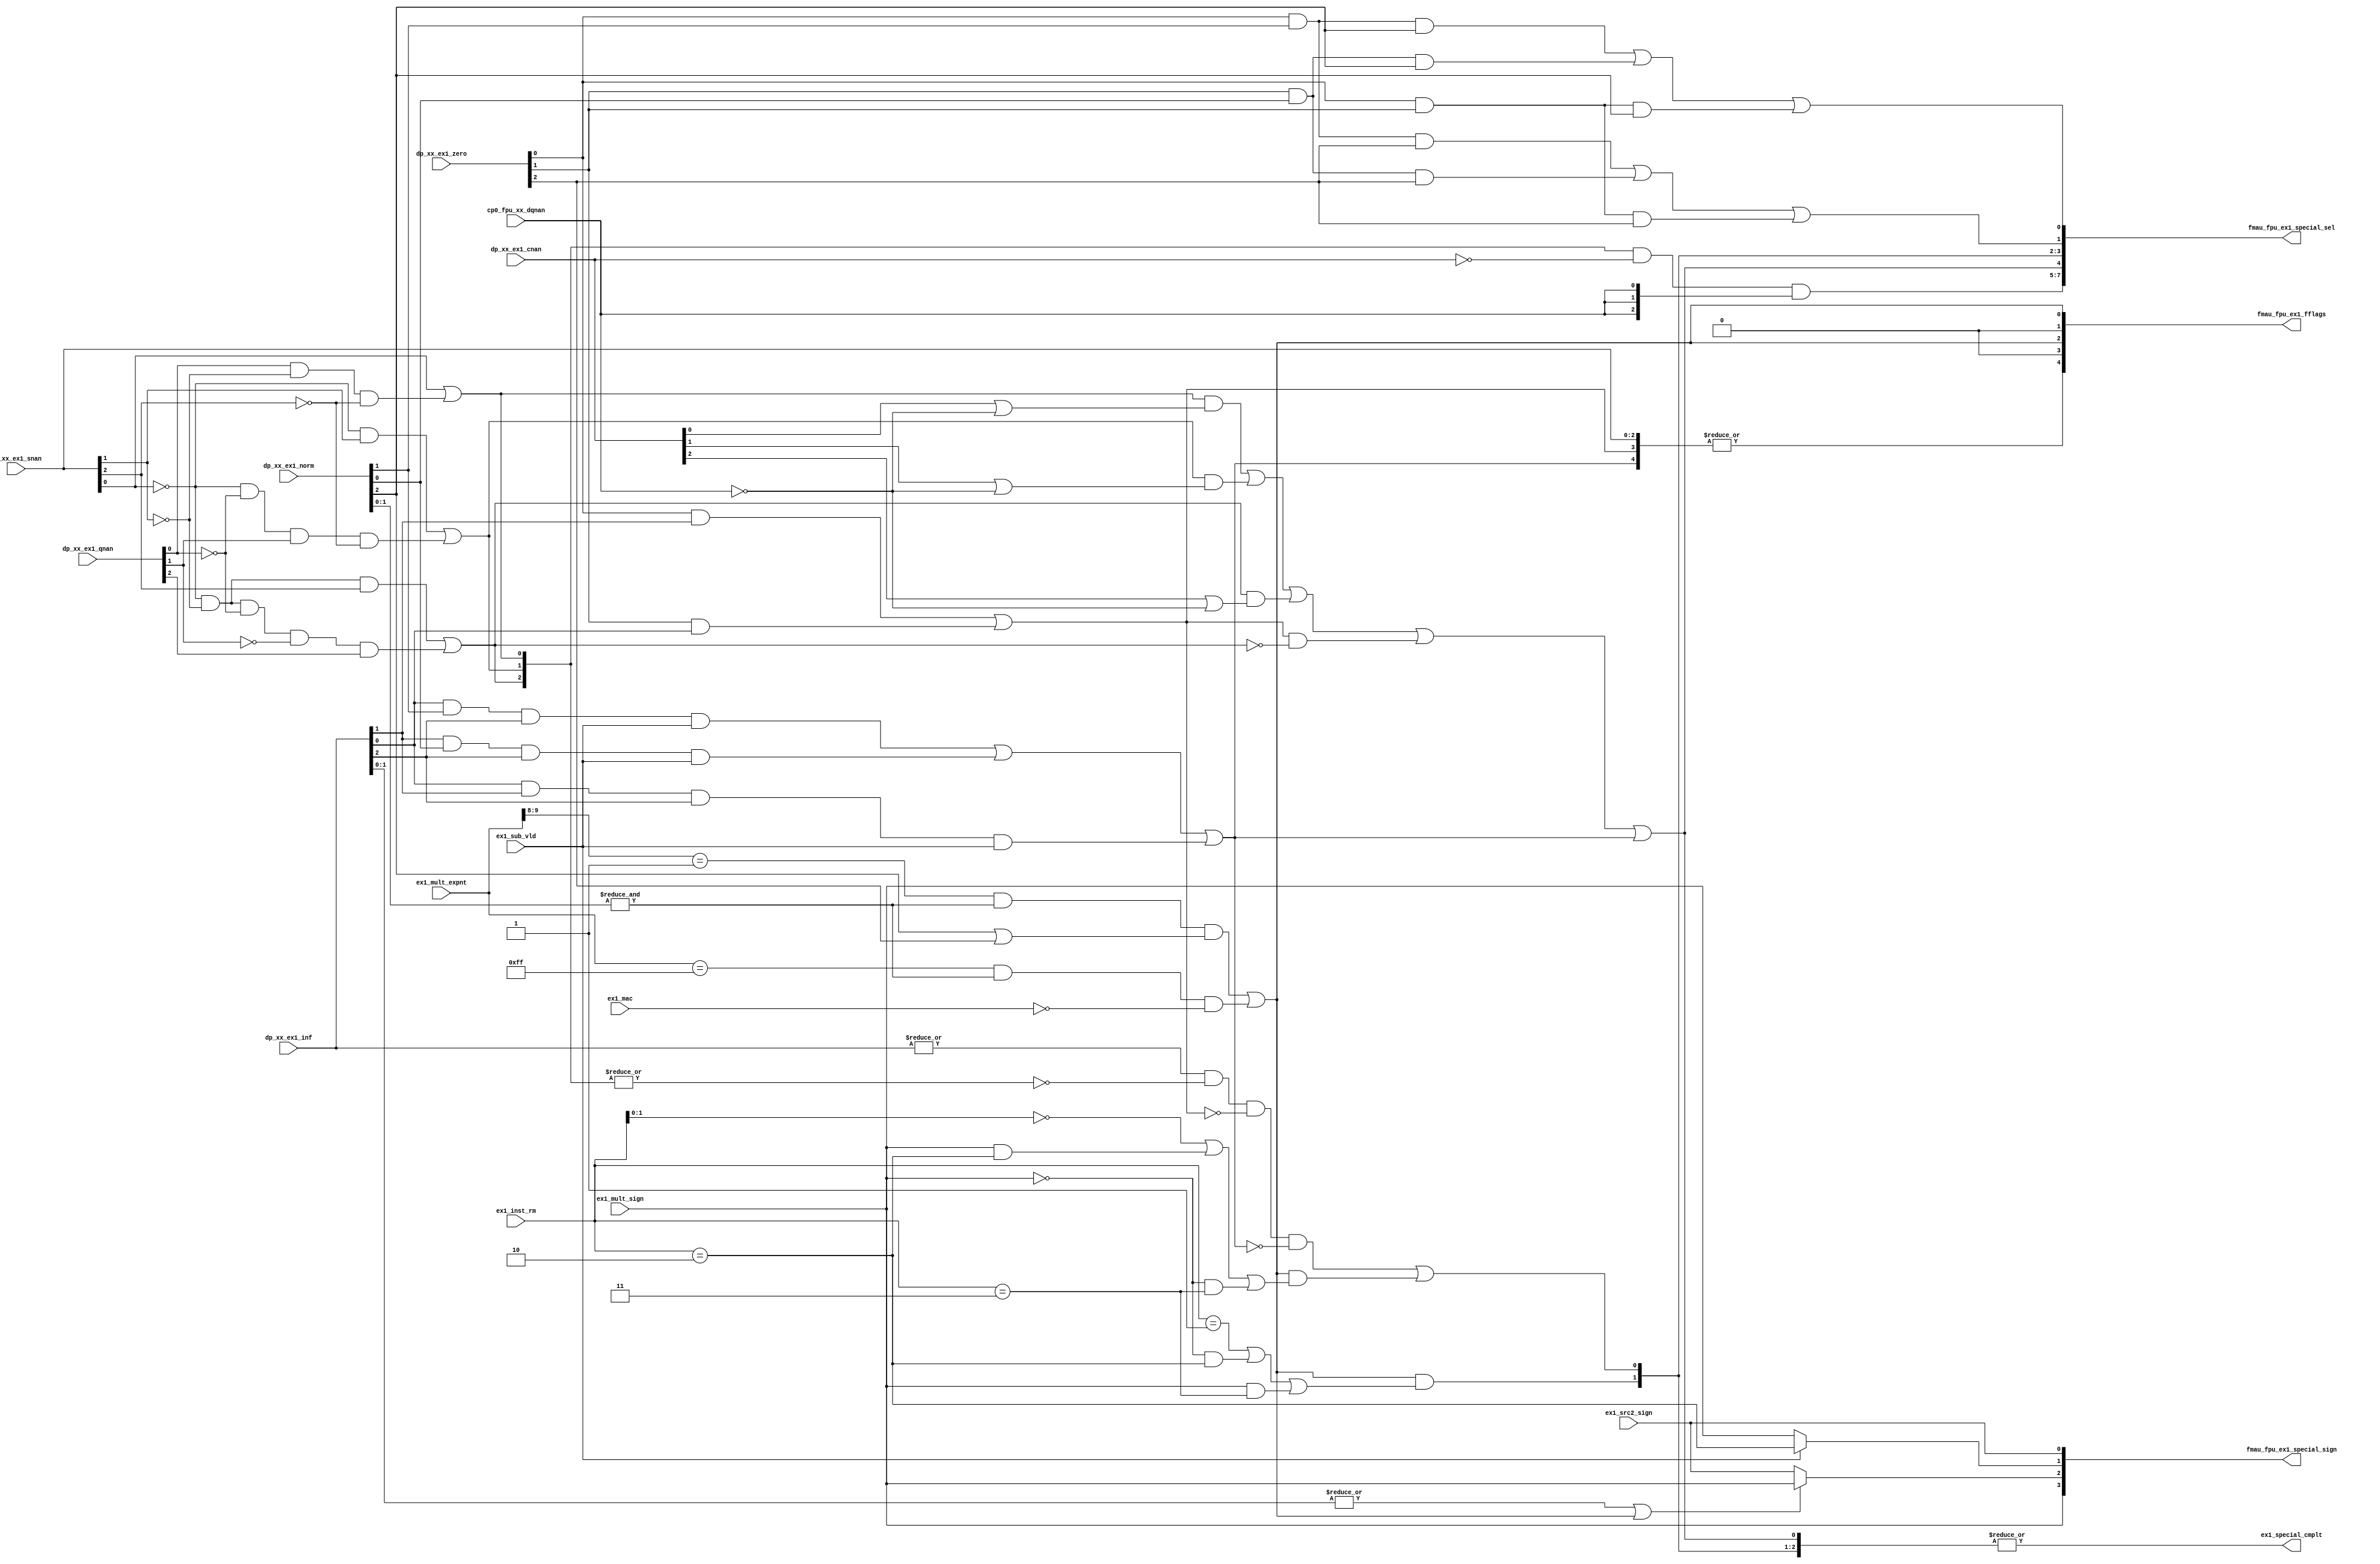
// This program was cloned from: https://github.com/T-head-Semi/opene906
// License: Apache License 2.0

/*Copyright 2020-2021 T-Head Semiconductor Co., Ltd.

Licensed under the Apache License, Version 2.0 (the "License");
you may not use this file except in compliance with the License.
You may obtain a copy of the License at

    http://www.apache.org/licenses/LICENSE-2.0

Unless required by applicable law or agreed to in writing, software
distributed under the License is distributed on an "AS IS" BASIS,
WITHOUT WARRANTIES OR CONDITIONS OF ANY KIND, either express or implied.
See the License for the specific language governing permissions and
limitations under the License.
*/

// &ModuleBeg; @24
module pa_fmau_ex1_special_judge(
  cp0_fpu_xx_dqnan,
  dp_xx_ex1_cnan,
  dp_xx_ex1_inf,
  dp_xx_ex1_norm,
  dp_xx_ex1_qnan,
  dp_xx_ex1_snan,
  dp_xx_ex1_zero,
  ex1_inst_rm,
  ex1_mac,
  ex1_mult_expnt,
  ex1_mult_sign,
  ex1_special_cmplt,
  ex1_src2_sign,
  ex1_sub_vld,
  fmau_fpu_ex1_fflags,
  fmau_fpu_ex1_special_sel,
  fmau_fpu_ex1_special_sign
);

// &Ports; @25
input          cp0_fpu_xx_dqnan;         
input   [2:0]  dp_xx_ex1_cnan;           
input   [2:0]  dp_xx_ex1_inf;            
input   [2:0]  dp_xx_ex1_norm;           
input   [2:0]  dp_xx_ex1_qnan;           
input   [2:0]  dp_xx_ex1_snan;           
input   [2:0]  dp_xx_ex1_zero;           
input   [2:0]  ex1_inst_rm;              
input          ex1_mac;                  
input   [9:0]  ex1_mult_expnt;           
input          ex1_mult_sign;            
input          ex1_src2_sign;            
input          ex1_sub_vld;              
output         ex1_special_cmplt;        
output  [4:0]  fmau_fpu_ex1_fflags;      
output  [7:0]  fmau_fpu_ex1_special_sel; 
output  [3:0]  fmau_fpu_ex1_special_sign; 

// &Regs; @26

// &Wires; @27
wire           cp0_fpu_xx_dqnan;         
wire    [2:0]  dp_xx_ex1_cnan;           
wire    [2:0]  dp_xx_ex1_inf;            
wire    [2:0]  dp_xx_ex1_norm;           
wire    [2:0]  dp_xx_ex1_qnan;           
wire    [2:0]  dp_xx_ex1_snan;           
wire    [2:0]  dp_xx_ex1_zero;           
wire           ex1_fmau_inf_sign;        
wire           ex1_fmau_lfn_sign;        
wire           ex1_fmau_nv;              
wire           ex1_fmau_of;              
wire           ex1_fmau_result_cnan;     
wire           ex1_fmau_result_inf;      
wire           ex1_fmau_result_lfn;      
wire    [2:0]  ex1_fmau_result_qnan;     
wire           ex1_fmau_result_src2;     
wire           ex1_fmau_result_zero;     
wire           ex1_fmau_src2_sign;       
wire           ex1_fmau_zero_sign;       
wire    [2:0]  ex1_inst_rm;              
wire           ex1_mac;                  
wire    [9:0]  ex1_mult_expnt;           
wire           ex1_mult_sign;            
wire    [2:0]  ex1_nv;                   
wire    [2:0]  ex1_result_qnan;          
wire           ex1_result_zero;          
wire           ex1_special_cmplt;        
wire           ex1_src2_sign;            
wire           ex1_sub_vld;              
wire    [4:0]  fmau_fpu_ex1_fflags;      
wire    [7:0]  fmau_fpu_ex1_special_sel; 
wire    [3:0]  fmau_fpu_ex1_special_sign; 


// &Depend("cpu_cfig.h"); @29

parameter FPU_WIDTH   = 64;
parameter SINGLE_FRAC = 23;
parameter DOUBLE_FRAC = 52;
parameter SINGLE_EXPN =  8;
parameter DOUBLE_EXPN = 11;
parameter FUNC_WIDTH  = 10;

//==========================================================
//                EX1 exception judge
//==========================================================

assign ex1_nv[0] = |dp_xx_ex1_snan[2:0];   //sNan

assign ex1_nv[1] = (dp_xx_ex1_zero[0] && dp_xx_ex1_inf[1]) //0*inf
                || (dp_xx_ex1_zero[1] && dp_xx_ex1_inf[0]);//inf*0
 
assign ex1_nv[2] = (dp_xx_ex1_inf[0]  && dp_xx_ex1_norm[1] && dp_xx_ex1_inf[2] && ex1_sub_vld)  //inf*F -inf 
                || (dp_xx_ex1_inf[1]  && dp_xx_ex1_norm[0] && dp_xx_ex1_inf[2] && ex1_sub_vld)  //inf*F -inf 
                || (dp_xx_ex1_inf[0]  && dp_xx_ex1_inf[1]  && dp_xx_ex1_inf[2] && ex1_sub_vld); //inf*inf -inf

assign ex1_fmau_nv = |ex1_nv[2:0];
assign ex1_fmau_of = (ex1_mult_expnt[9 : 8] == 2'b01) && &dp_xx_ex1_norm[1:0] && (dp_xx_ex1_norm[2] || dp_xx_ex1_zero[2]) //single expt >128
                  || (ex1_mult_expnt[9 : 0] == 10'b00_1111_1111)  && &dp_xx_ex1_norm[1:0] && !ex1_mac; //single expt>127
//==========================================================
//                EX1 special result judge
//==========================================================
assign ex1_result_qnan[0] = dp_xx_ex1_snan[0]
                         || dp_xx_ex1_qnan[0] && !dp_xx_ex1_snan[1] && !dp_xx_ex1_snan[2];

assign ex1_result_qnan[1] = !dp_xx_ex1_snan[0] && dp_xx_ex1_snan[1]
                         || !dp_xx_ex1_snan[0] &&!dp_xx_ex1_qnan[0] && dp_xx_ex1_qnan[1] && !dp_xx_ex1_snan[2];

assign ex1_result_qnan[2] = !dp_xx_ex1_snan[0] && !dp_xx_ex1_snan[1] &&  dp_xx_ex1_snan[2]
                         || !dp_xx_ex1_snan[0] && !dp_xx_ex1_snan[1] && !dp_xx_ex1_qnan[0] && !dp_xx_ex1_qnan[1] && dp_xx_ex1_qnan[2];

assign ex1_fmau_result_cnan = ex1_result_qnan[0] && (dp_xx_ex1_cnan[0] || !cp0_fpu_xx_dqnan)
                            ||ex1_result_qnan[1] && (dp_xx_ex1_cnan[1] || !cp0_fpu_xx_dqnan)
                            ||ex1_result_qnan[2] && (dp_xx_ex1_cnan[2] || !cp0_fpu_xx_dqnan)
                            ||ex1_nv[1] && !ex1_result_qnan[2]
                            ||ex1_nv[2];

assign ex1_fmau_result_qnan[2:0] = ex1_result_qnan[2:0] &(~dp_xx_ex1_cnan[2:0]) & {3{cp0_fpu_xx_dqnan}};

assign ex1_result_zero = dp_xx_ex1_zero[0] && dp_xx_ex1_norm[1] && dp_xx_ex1_zero[2]
                      || dp_xx_ex1_zero[1] && dp_xx_ex1_norm[0] && dp_xx_ex1_zero[2] 
                      || dp_xx_ex1_zero[0] && dp_xx_ex1_zero[1] && dp_xx_ex1_zero[2];

assign ex1_fmau_result_zero = ex1_result_zero;

assign ex1_fmau_zero_sign = ex1_sub_vld ? (ex1_inst_rm[2:0]==3'b010) : ex1_mult_sign;

assign ex1_fmau_result_inf = (|dp_xx_ex1_inf[2:0]) && !(|ex1_result_qnan[2:0]) && !ex1_nv[1] && !ex1_nv[2]
                             ||ex1_fmau_of && 
                             ((ex1_inst_rm[1:0]==2'b00) 
                            || ex1_mult_sign && (ex1_inst_rm[2:0]==3'b010)
                            ||!ex1_mult_sign && (ex1_inst_rm[2:0]==3'b011)); 

assign ex1_fmau_inf_sign   = (|dp_xx_ex1_inf[1:0] || ex1_fmau_of) ? ex1_mult_sign : ex1_src2_sign;

assign ex1_fmau_result_lfn = ex1_fmau_of && 
                             ((ex1_inst_rm[2:0]==3'b001) 
                            ||!ex1_mult_sign && (ex1_inst_rm[2:0]==3'b010)
                            || ex1_mult_sign && (ex1_inst_rm[2:0]==3'b011));

assign ex1_fmau_lfn_sign = ex1_mult_sign;

assign ex1_fmau_result_src2 =  dp_xx_ex1_zero[0] && dp_xx_ex1_norm[1] && dp_xx_ex1_norm[2]  //zero * normal
                            || dp_xx_ex1_zero[1] && dp_xx_ex1_norm[0] && dp_xx_ex1_norm[2]
                            || dp_xx_ex1_zero[0] && dp_xx_ex1_zero[1] && dp_xx_ex1_norm[2];

assign ex1_fmau_src2_sign = ex1_src2_sign;

assign fmau_fpu_ex1_special_sel[7:0] = {ex1_fmau_result_qnan[2:0],
                                       ex1_fmau_result_cnan,
                                       ex1_fmau_result_lfn,
                                       ex1_fmau_result_inf,
                                       ex1_fmau_result_zero,
                                       ex1_fmau_result_src2};

assign fmau_fpu_ex1_special_sign[3:0]= {ex1_fmau_lfn_sign, ex1_fmau_inf_sign, ex1_fmau_zero_sign, ex1_fmau_src2_sign};

assign fmau_fpu_ex1_fflags[4:0] = {ex1_fmau_nv, 1'b0,ex1_fmau_of,1'b0,ex1_fmau_of};

assign ex1_special_cmplt =|({ex1_fmau_result_qnan[2:0],
                             ex1_fmau_result_cnan,
                             ex1_fmau_result_lfn,
                             ex1_fmau_result_inf,
                             ex1_fmau_result_zero,
                             ex1_fmau_result_src2});
// &ModuleEnd;  @127
endmodule